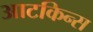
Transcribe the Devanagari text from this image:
आटकिन्स